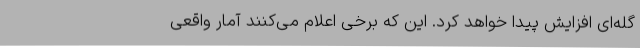
گله‌ای افزایش پیدا خواهد کرد. این که برخی اعلام می‌کنند آمار واقعی